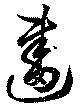
畫